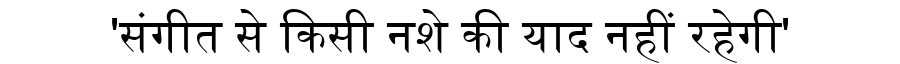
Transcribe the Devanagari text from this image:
'संगीत से किसी नशे की याद नहीं रहेगी'